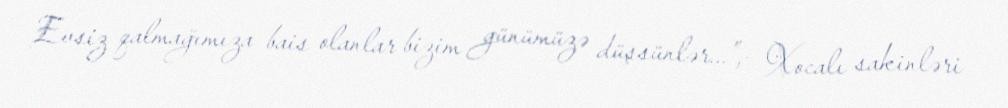
Evsiz qalmağımıza bais olanlar bizim günümüzə düşsünlər...”,- Xocalı sakinləri